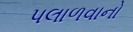
પલાળવાનો